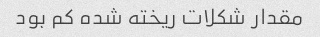
مقدار شکلات ریخته شده کم بود